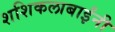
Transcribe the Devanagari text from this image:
शशिकलाबाईंनी